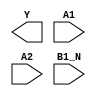
module sky130_fd_sc_ms__o21bai (
    Y   ,
    A1  ,
    A2  ,
    B1_N
);

    output Y   ;
    input  A1  ;
    input  A2  ;
    input  B1_N;

    // Voltage supply signals
    supply1 VPWR;
    supply0 VGND;
    supply1 VPB ;
    supply0 VNB ;

endmodule